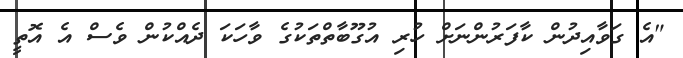
"އެ ގަވާއިދުން ކާފަރުންނަށް ހުރި އުގޫބާތްތަކުގެ ވާހަކަ ދެއްކުން ވެސް އެ އޮތީ